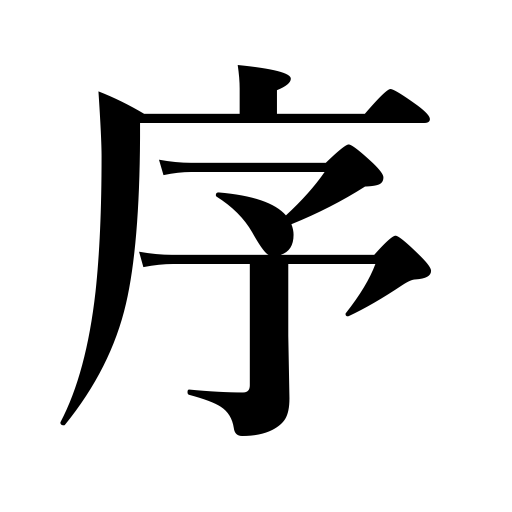
Meanings: precedence,order,farewell address,preface,curtain raiser,beginning